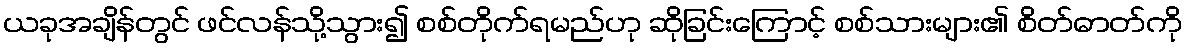
ယခုအချိန်တွင် ဖင်လန်သို့သွား၍ စစ်တိုက်ရမည်ဟု ဆိုခြင်းကြောင့် စစ်သားများ၏ စိတ်ဓာတ်ကို